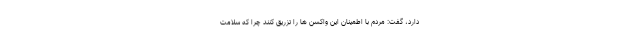
دارد، گفت: مردم با اطمینان این واکسن ها را تزریق کنند چرا که سلامت